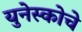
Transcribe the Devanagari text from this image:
युनेस्‍कोचे